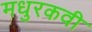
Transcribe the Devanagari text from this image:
मधुरकवी